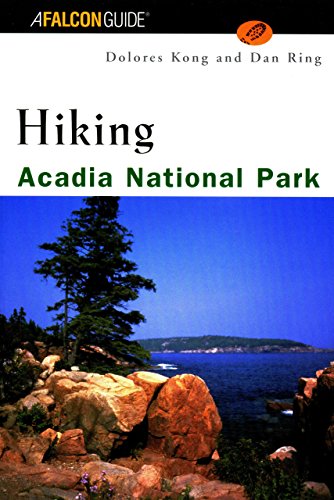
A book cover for Hiking Acadia National Park (Regional Hiking Series); Dolores Kong; Travel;